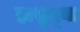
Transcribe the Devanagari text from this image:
हासुद्घा